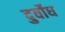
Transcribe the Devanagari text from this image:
दुर्वोध